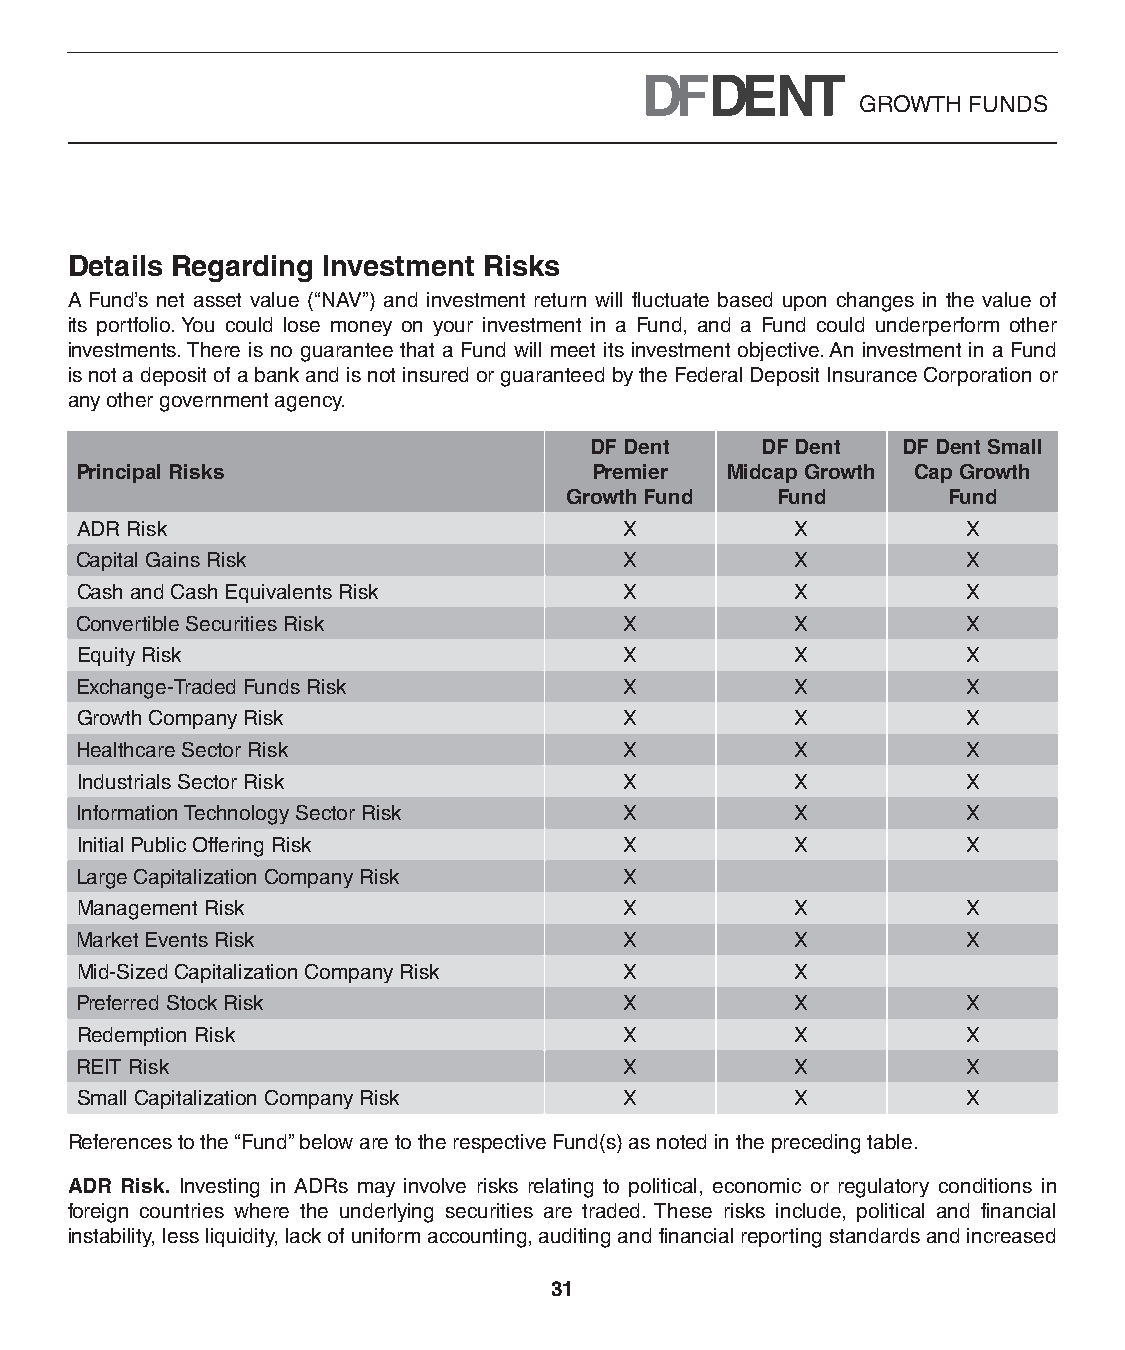
GROWTH FUNDS
 Details Regarding Investment Risks
 A Fund’s net asset value (“NAV”) and investment return will fluctuate based upon changes in the value of
 its portfolio. You could lose money on your investment in a Fund, and a Fund could underperform other
 investments. There is no guarantee that a Fund will meet its investment objective. An investment in a Fund
 is not a deposit of a bank and is not insured or guaranteed by the Federal Deposit Insurance Corporation or
 any other government agency.
 DF Dent    DF Dent   DF Dent Small
 Principal Risks                   Premier  Midcap Growth Cap Growth
 Growth Fund   Fund        Fund
 ADR Risk                            X           X          X
 Capital Gains Risk                  X           X          X
 Cash and Cash Equivalents Risk      X           X          X
 Convertible Securities Risk         X           X          X
 Equity Risk                         X           X          X
 Exchange-Traded Funds Risk          X           X          X
 Growth Company Risk                 X           X          X
 Healthcare Sector Risk              X           X          X
 Industrials Sector Risk             X           X          X
 Information Technology Sector Risk  X           X          X
 Initial Public Offering Risk        X           X          X
 Large Capitalization Company Risk   X
 Management Risk                     X           X          X
 Market Events Risk                  X           X          X
 Mid-Sized Capitalization Company Risk X         X
 Preferred Stock Risk                X           X          X
 Redemption Risk                     X           X          X
 REIT Risk                           X           X          X
 Small Capitalization Company Risk   X           X          X
 References to the “Fund” below are to the respective Fund(s) as noted in the preceding table.
 ADR Risk. Investing in ADRs may involve risks relating to political, economic or regulatory conditions in
 foreign countries where the underlying securities are traded. These risks include, political and financial
 instability, less liquidity, lack of uniform accounting, auditing and financial reporting standards and increased
 31